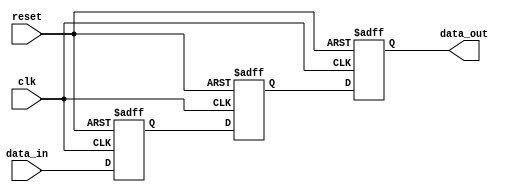
module meta_stability_filter (
    input wire clk,           // Clock signal
    input wire data_in,      // Asynchronous input signal
    input wire reset,        // Asynchronous reset signal
    output reg data_out      // Synchronized output signal
);

// Internal signals for the double flip-flop synchronizer
reg ff1, ff2;

// Asynchronous reset and double flip-flop synchronizer
always @(posedge clk or posedge reset) begin
    if (reset) begin
        ff1 <= 1'b0;        // Initialize ff1 to 0 on reset
        ff2 <= 1'b0;        // Initialize ff2 to 0 on reset
        data_out <= 1'b0;   // Initialize output to 0 on reset
    end else begin
        ff1 <= data_in;     // Capture data_in in the first flip-flop
        ff2 <= ff1;         // Capture the output of ff1 in the second flip-flop
        data_out <= ff2;    // Output the result of the second flip-flop
    end
end

endmodule